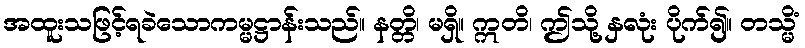
အထူးသဖြင့်ရခဲသောကမ္မဋ္ဌာန်းသည်။ နတ္တိ၊ မရှိ။ ဣတိ၊ ဤသို့ နှလုံး ပိုက်၍။ တသ္မိံ